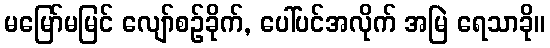
မမြော်မမြင် လျော်စဉ်ခိုက်, ပေါ်ပင်အလိုက် အမြဲ ရေသာခို။